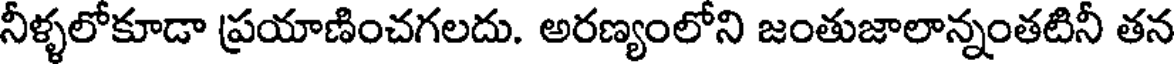
నీళ్ళలోకూడా ప్రయాణించగలదు. అరణ్యంలోని జంతుజాలాన్నంతటినీ తన